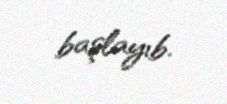
başlayıb.